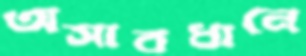
অসাবধানে